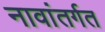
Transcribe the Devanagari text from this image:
नावांतर्गत